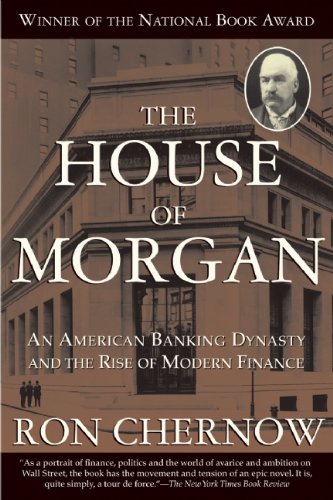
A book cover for The House of Morgan: An American Banking Dynasty and the Rise of Modern Finance; Ron Chernow; Business & Money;